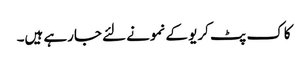
کاک پٹ کریو کے نمونے لئے جارہے ہیں۔